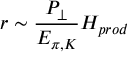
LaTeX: r \sim \frac { P _ { \perp } } { E _ { \pi , K } } H _ { p r o d }